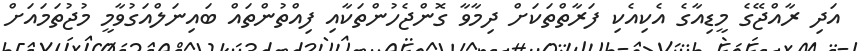
އަދި ރާއްޖޭގެ މީޑިއާގެ އެކިއެކި ފަރާތްތަކަށް ދިމާވާ ގޮންޖެހުންތަކާއި ފިއްތުންތައް ބައިނަލްއަގުވާމީ މުޖުތަމައަށް